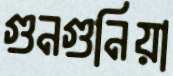
গুনগুনিয়া